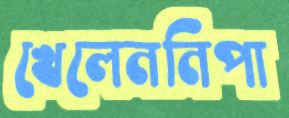
খেলেননিপা